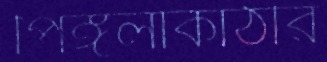
পিঙ্গলাকাঠীর